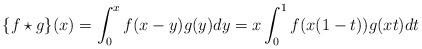
LaTeX: \begin{align*}\{f\star g\}(x) &= \int_0^x f(x-y)g(y)dy = x\int_0^1 f(x(1-t))g(xt)dt \end{align*}